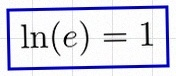
\ln(e)=1